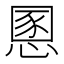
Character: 慁